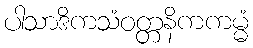
ပါသာဒိကသံဝတ္တနိကကမ္မံ